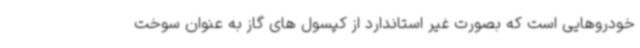
خودروهایی است که بصورت غیر استاندارد از کپسول های گاز به عنوان سوخت